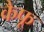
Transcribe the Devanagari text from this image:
कैफू